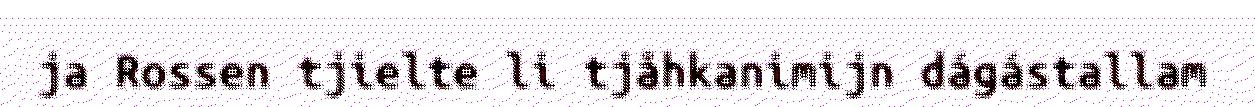
ja Rossen tjielte li tjåhkanimijn dágástallam